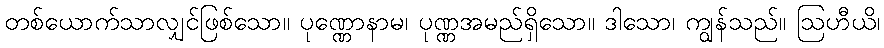
တစ်ယောက်သာလျှင်ဖြစ်သော။ ပုဏ္ဏောနာမ၊ ပုဏ္ဏအမည်ရှိသော။ ဒါသော၊ ကျွန်သည်။ ဩဟီယိ၊